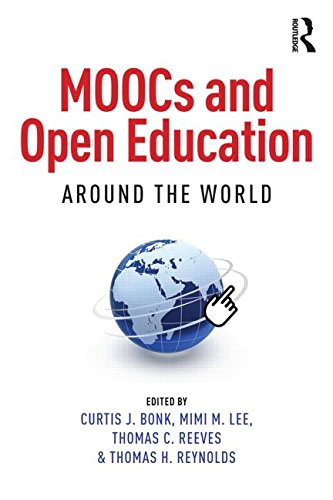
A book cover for MOOCs and Open Education Around the World; Education & Teaching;